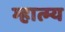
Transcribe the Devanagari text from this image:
म्हात्म्य